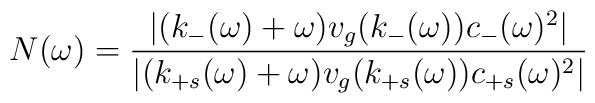
N(\omega) = \frac{|(k_-(\omega) + \omega) v_g(k_-(\omega)) c_-(\omega)^2|}{|(k_{+s}(\omega) + \omega) v_g(k_{+s}(\omega)) c_{+s}(\omega)^2|}